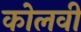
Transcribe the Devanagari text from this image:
कोलवी